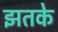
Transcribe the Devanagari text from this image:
झतके